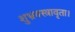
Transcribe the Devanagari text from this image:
शुभ्रवस्त्रावृता।